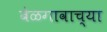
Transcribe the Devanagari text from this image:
बेळगावाच्या